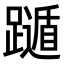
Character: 𨆛